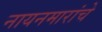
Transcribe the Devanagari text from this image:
नायनमारांचे